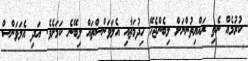
ކުރުމެއް ނެތި ރައްޔިތުންނަށް ލިބެންޖެހޭ ހިދުމަތާއި އެލަވަންސްތައް ލިބޭނެ ކަމަށެވެ. އަދި އެލަވަންސް